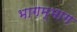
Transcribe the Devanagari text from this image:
भागम्भाग